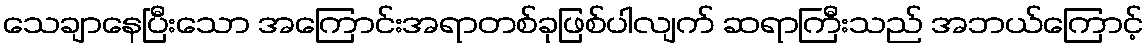
သေချာနေပြီးသော အကြောင်းအရာတစ်ခုဖြစ်ပါလျက် ဆရာကြီးသည် အဘယ်ကြောင့်